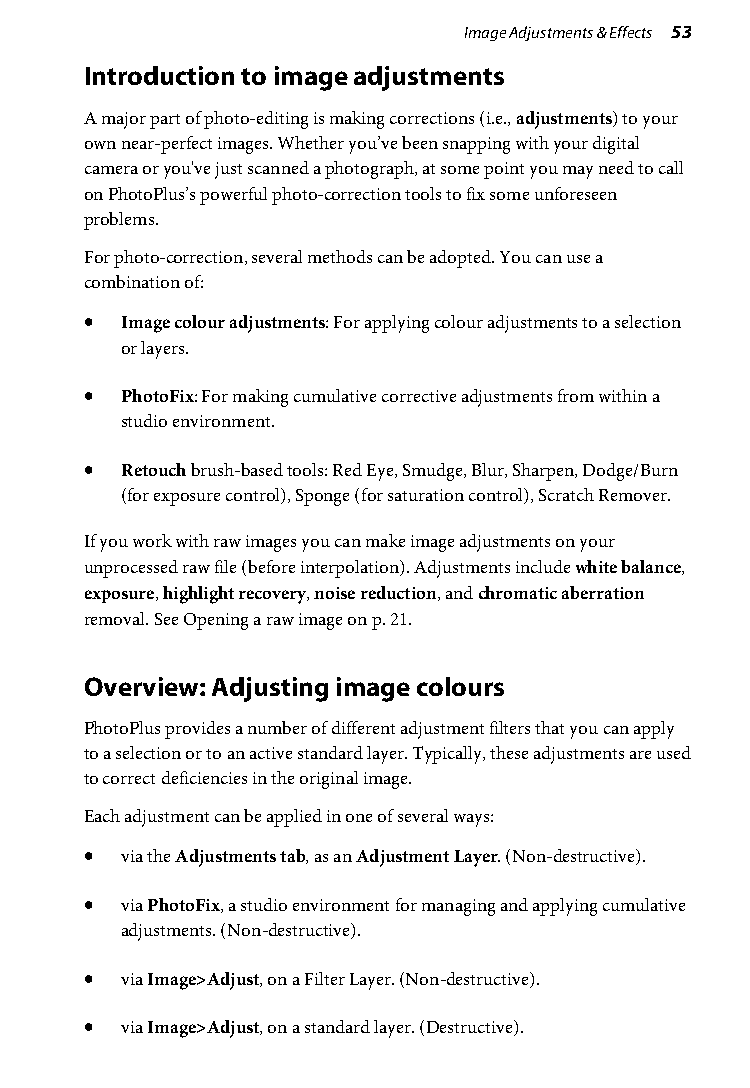
Image Adjustments & Effects 53
 Introduction to image adjustments
 A major part of photo-editing is making corrections (i.e., adjustments) to your
 own near-perfect images. Whether you’ve been snapping with your digital
 camera or you've just scanned a photograph, at some point you may need to call
 on PhotoPlus’s powerful photo-correction tools to fix some unforeseen
 problems.
 For photo-correction, several methods can be adopted. You can use a
 combination of:
 • Image colour adjustments: For applying colour adjustments to a selection
 or layers.
 • PhotoFix: For making cumulative corrective adjustments from within a
 studio environment.
 • Retouch brush-based tools: Red Eye, Smudge, Blur, Sharpen, Dodge/Burn
 (for exposure control), Sponge (for saturation control), Scratch Remover.
 If you work with raw images you can make image adjustments on your
 unprocessed raw file (before interpolation). Adjustments include white balance,
 exposure, highlight recovery, noise reduction, and chromatic aberration
 removal. See Opening a raw image on p. 21.
 Overview: Adjusting image colours
 PhotoPlus provides a number of different adjustment filters that you can apply
 to a selection or to an active standard layer. Typically, these adjustments are used
 to correct deficiencies in the original image.
 Each adjustment can be applied in one of several ways:
 • via the Adjustments tab, as an Adjustment Layer. (Non-destructive).
 • via PhotoFix, a studio environment for managing and applying cumulative
 adjustments. (Non-destructive).
 • via Image>Adjust, on a Filter Layer. (Non-destructive).
 • via Image>Adjust, on a standard layer. (Destructive).